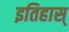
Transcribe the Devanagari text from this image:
इतिहास्